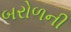
બરોળની